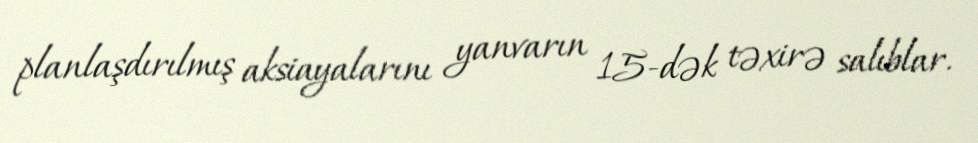
planlaşdırılmış aksiayalarını yanvarın 15-dək təxirə salıblar.